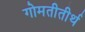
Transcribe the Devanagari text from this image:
गोमतीतीर्थ